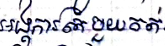
អង្គការតែមួយគត់